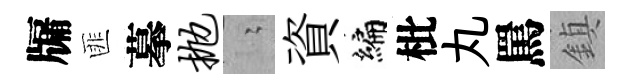
牖匪摹抛隐資编枇丸罵鎮